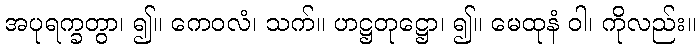
အပုရက္ခတွာ၊ ၍။ ကေဝလံ၊ သက်။ ဟဋ္ဌတုဋ္ဌော၊ ၍။ မေထုနံ ဝါ၊ ကိုလည်း။